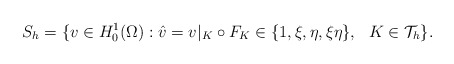
\begin{align*}S_{h}=\{ v\in H_{0}^1(\Omega): \hat{v}=v|_{K}\circ F_{K} \in \{1,\xi,\eta,\xi\eta\} ,\ \ K\in \mathcal{T}_{h}\}.\end{align*}